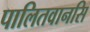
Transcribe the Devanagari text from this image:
पालितवानसि